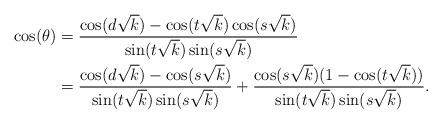
LaTeX: \begin{align*} \cos(\theta) & = \frac{\cos(d\sqrt{k}) - \cos(t\sqrt{k}) \cos(s\sqrt{k})}{\sin(t\sqrt{k})\sin(s\sqrt{k})} \\ & = \frac{\cos(d\sqrt{k}) - \cos(s\sqrt{k})}{\sin(t\sqrt{k})\sin(s\sqrt{k})} + \frac{\cos(s\sqrt{k}) (1 - \cos(t\sqrt{k}))}{\sin(t\sqrt{k})\sin(s\sqrt{k})} . \end{align*}